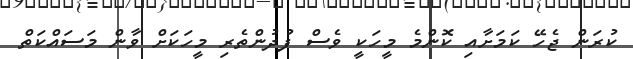
ކުރަން ޖެހޭ ކަމަށާއި ކޮންމެ މީހަކީ ވެސް ފުދުންތެރި މީހަކަށް ވާން މަސައްކަތް